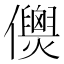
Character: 𠑎